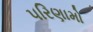
૫રિણામો